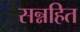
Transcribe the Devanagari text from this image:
सन्नहित